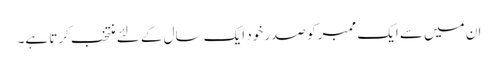
ان میں سے ایک ممبر کو صدر خود ایک سال کے لئے منتخب کرتا ہے۔